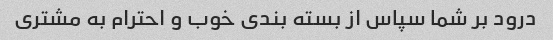
درود بر شما سپاس از بسته بندی خوب و احترام به مشتری